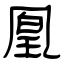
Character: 凰